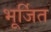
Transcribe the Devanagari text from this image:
भूर्जित